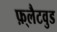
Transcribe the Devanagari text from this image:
फ़्लैटवुड